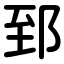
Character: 郅